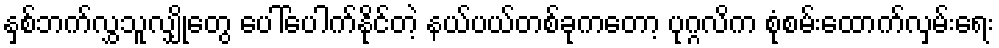
နှစ်ဘက်လွှသူလျှိုတွေ ပေါ်ပေါက်နိုင်တဲ့ နယ်ပယ်တစ်ခုကတော့ ပုဂ္ဂလိက စုံစမ်းထောက်လှမ်းရေး